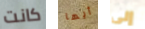
كانت أيها إلى